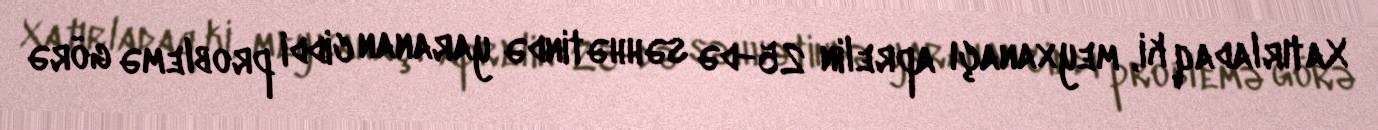
Xatırladaq ki, meyxanaçı aprelin 25-də səhhətində yaranan ciddi problemə görə